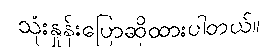
သုံးနှုန်းပြောဆိုထားပါတယ်။